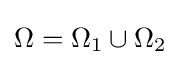
\Omega =\Omega _{1}\cup \Omega _{2}